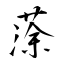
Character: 蒤